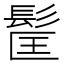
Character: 𩬹